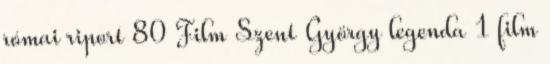
római riport 80 Film Szent György legenda 1 film